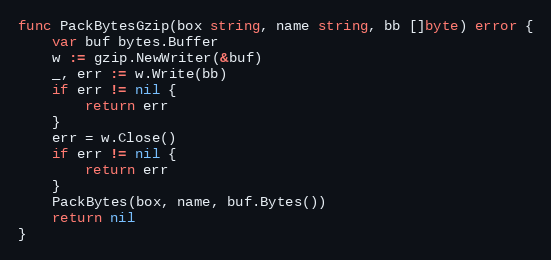
Language: Go
func PackBytesGzip(box string, name string, bb []byte) error {
	var buf bytes.Buffer
	w := gzip.NewWriter(&buf)
	_, err := w.Write(bb)
	if err != nil {
		return err
	}
	err = w.Close()
	if err != nil {
		return err
	}
	PackBytes(box, name, buf.Bytes())
	return nil
}